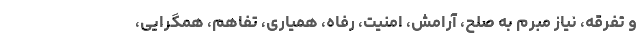
و تفرقه، نیاز مبرم به صلح، آرامش، امنیت، رفاه، همیاری، تفاهم، همگرایی،